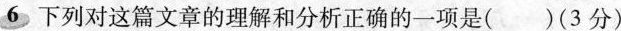
6下列对这篇文章的理解和分析正确的一项是() (3分)